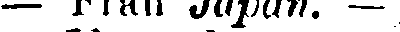
— Från Japan. —")